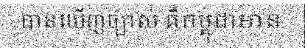
បានឃើញច្បាស់ គឺកម្ពុជាមាន